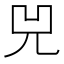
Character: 兕